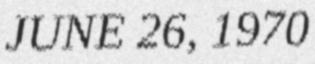
JUNE 26, 1970